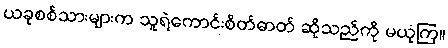
ယခုစစ်သားများက သူရဲကောင်းစိတ်ဓာတ် ဆိုသည်ကို မယုံကြ။